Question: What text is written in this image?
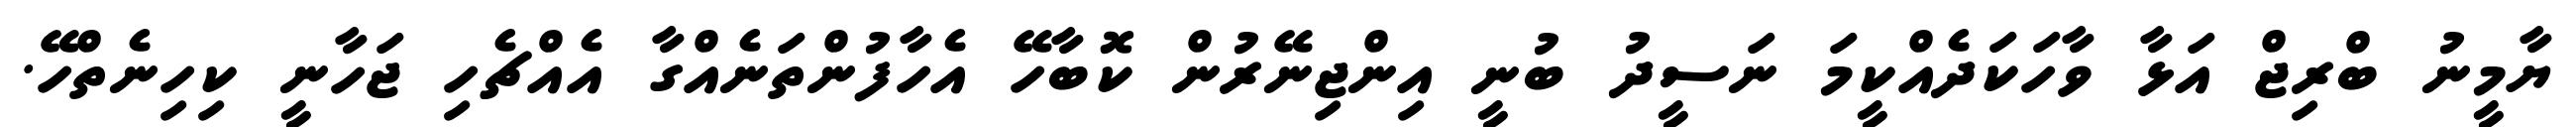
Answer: ޔާމީނު ބްރިޖް އަޅާ ވާހަކަދެއްކީމަ ނަސީދު ބުނީ އިންޖިނޭރުން ކޮބާހޭ އެހާފުންތަނެއްގާ އެއްޗެހި ޖަހާނީ ކިހިނެތްހޭ.